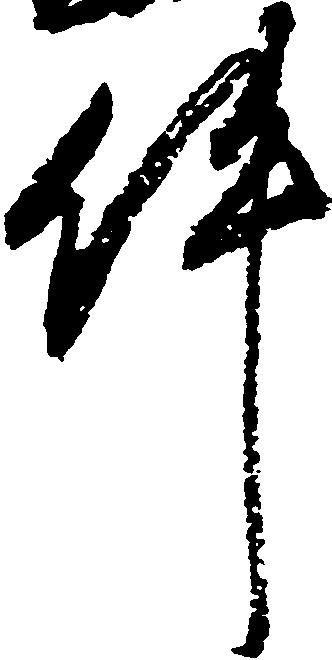
件